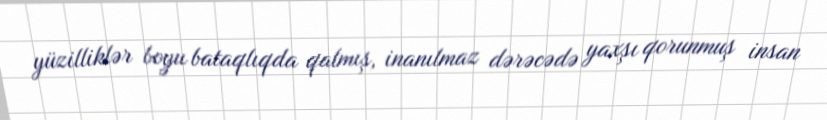
yüzilliklər boyu bataqlıqda qalmış, inanılmaz dərəcədə yaxşı qorunmuş insan